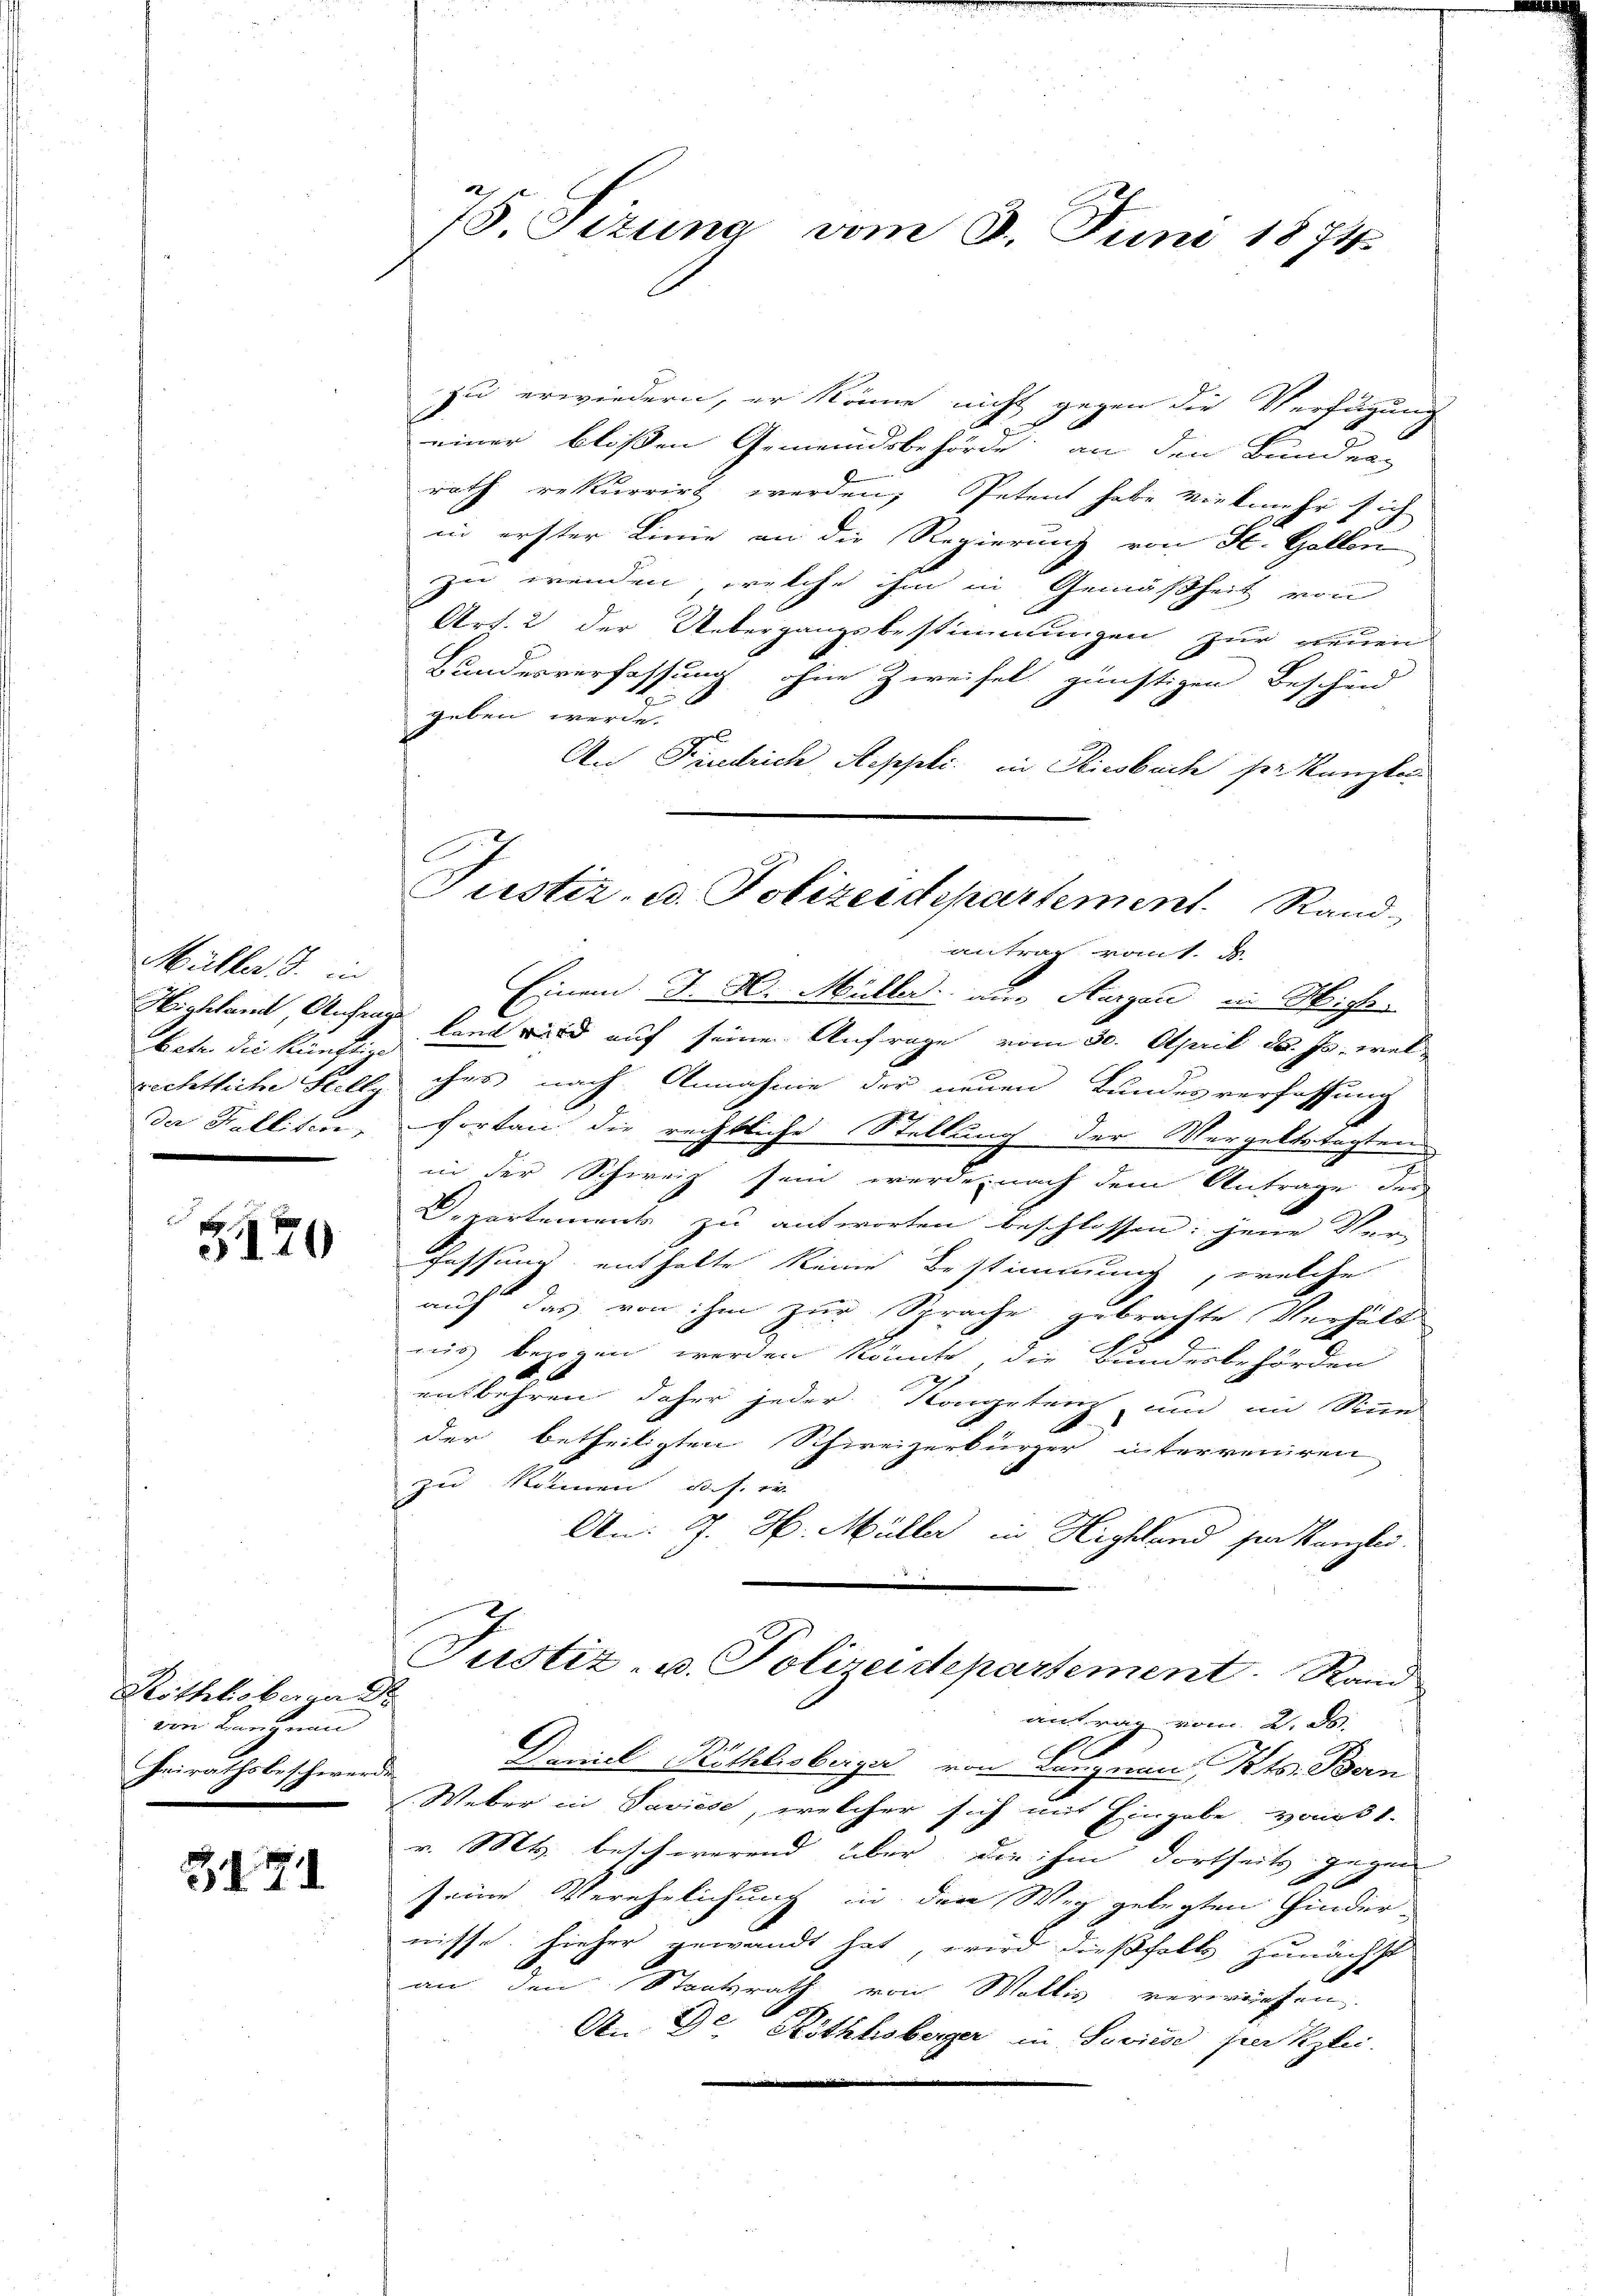
Müller. S. in
Betr. die künftige
richtliche Stelly

510

Röthlisbara d
von Kneignen
Heirathsbeschwerde

37

75. Sizung vom 3. Juni 1874.

Justiz- u. Polizeidepartement. Rand-
antrag vom

zu erwiedern, er könne nicht gegen die Verfügung
einer bloßen Gemeindsbehörde an den Bunden
rath rekurrirt werden, Petent habe vielmehr sich
in erster Linie an die Regierung von St. Gallen
zu wenden, welche ihm in Gemäßheit von
Art. 2 der Uebergangsbestimmungen zur neuen
Bundesverfassung ohne Zweifel günstigen Bescheid
geben werde.
t
An Friedrich Aeppli in Riesbach ser Kanzle
Einem J. H. Müller aus Aargau in Miche
Hichland, Anfrage kannt wird auf seine Anfrage vom 30. April d. Js. wel-
ches nach Annahme der neuen Bundesverfassung
der Falliten, fortan die rechtliche Stellung der Vergeltstagten
in der Schweiz sein werde, nach dem Antrage des
Departements zu antworten beschlossen: jene Ver-
Fassung enthalte keine Bestimmung, welche
auf das von ihm zur Sprache gebrachte Verhält
nis bezogen werden könnte, die Bundesbehörden
entbehren daher jeder Kongetenz und im Sinne
der betheiligten Schweizerbürger interveniren
zu Rosinen das er
An: J. H. Müller in Highland her Kanzlei.
Justiz- u. Polizeidepartement. Rand
antrag vom 2. d.
Daniel Röthlisberger von Langnau Kts. Bern
Weber in Saviese, welcher sich mit Eingabe vom 1.
v. Mts. beschwerend über, die ihm dortheits gegen
seine Verehelichung in dem Weg gelegten Hinder-
nisse. hieher gewandt hat, wird dießfalls zunächst
an den Staatsrath von Wallis verwürfen.
ch.
A. Ge Röthhoberger in Savise perkzlei-